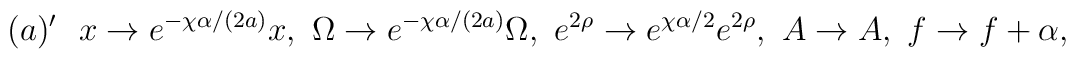
(a)^{\prime} \ \  x \rightarrow e^{- \chi \alpha / (2a) }  x, \      \Omega \rightarrow e^{- \chi \alpha / (2a) } \Omega, \     e^{2 \rho} \rightarrow e^{ \chi \alpha /2 }      e^{2 \rho}, \     A \rightarrow A, \ f \rightarrow f + \alpha ,